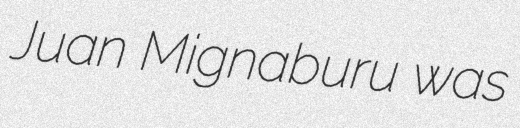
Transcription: Juan Mignaburu was